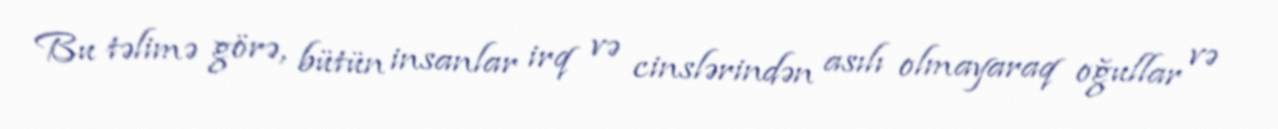
Bu təlimə görə, bütün insanlar irq və cinslərindən asılı olmayaraq oğullar və